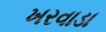
ખરવાડા